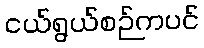
ငယ်ရွယ်စဉ်ကပင်